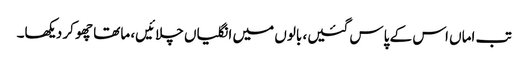
تب اماں اس کے پاس گئیں، بالوں میں انگلیاں چلائیں، ماتھا چھو کر دیکھا۔